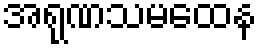
အရုဏသမထေန